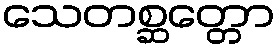
သေတစ္ဆတ္တော